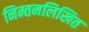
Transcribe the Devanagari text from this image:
निम्तनलिखित